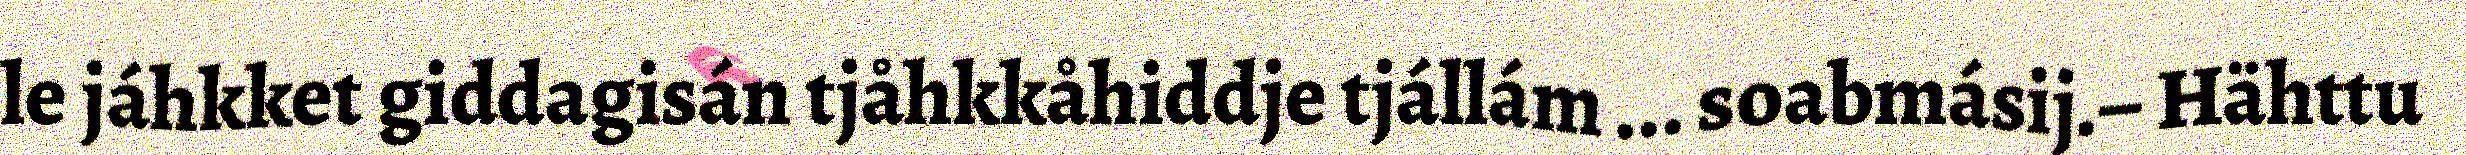
le jáhkket giddagisán tjåhkkåhiddje tjállám ... soabmásij.– Hähttu